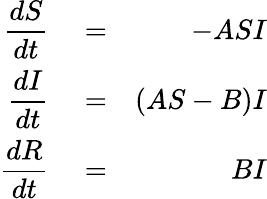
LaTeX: \begin{array}{rlr}{\displaystyle\frac{dS}{dt}}&{{}=}&{-ASI}\\ {\displaystyle\frac{dI}{dt}}&{{}=}&{(AS-B)I}\\ {\displaystyle\frac{dR}{dt}}&{{}=}&{BI}\end{array}